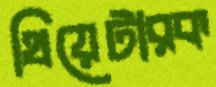
থিয়েটারক